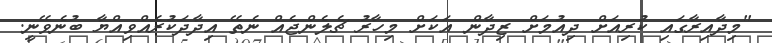
"މިދާއިރާގައި ކުރިއަށް ދިއުމަށް ޒިދާން އަކަށް މިހާރު ޗެލެންޖެއް ނެތޭ އިދާދަކުރެއްވިއްޔާ ބުނެވޭނީ.